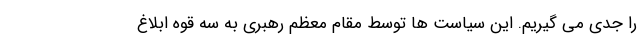
را جدی می گیریم. این سیاست ها توسط مقام معظم رهبری به سه قوه ابلاغ